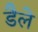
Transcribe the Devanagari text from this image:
डैले